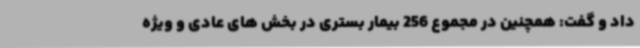
داد و گفت: همچنین در مجموع 256 بیمار بستری در بخش های عادی و ویژه